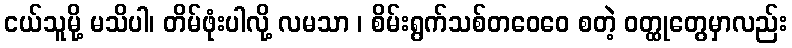
ငယ်သူမို့ မသိပါ၊ တိမ်ဖုံးပါလို့ လမသာ ၊ စိမ်းရွက်သစ်တဝေဝေ စတဲ့ ဝတ္ထုတွေမှာလည်း